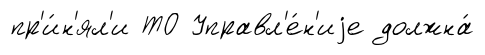
пр'и́н'ял'и ТО Управл'е́н'иjе должна́